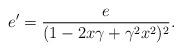
LaTeX: \begin{align*}e'=\frac{e}{(1-2x\gamma+\gamma^2 x^2)^2}.\end{align*}